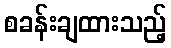
စခန်းချထားသည့်